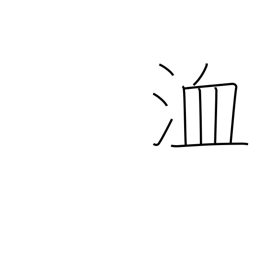
Meaning: ditch